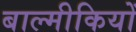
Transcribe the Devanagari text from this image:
बाल्मीकियों